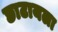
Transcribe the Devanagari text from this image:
छाटायला